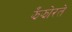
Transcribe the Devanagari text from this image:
झँझोरते